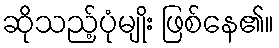
ဆိုသည့်ပုံမျိုး ဖြစ်နေ၏။